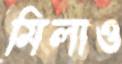
মিলাও